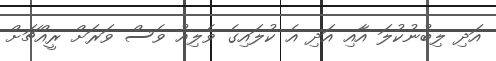
އަދި ލިބުނުކުލަ އާއި އަދި އެ ކުލައިގެ ވެލިއު ވެސް ވަރަށް ރީއްޗަށް